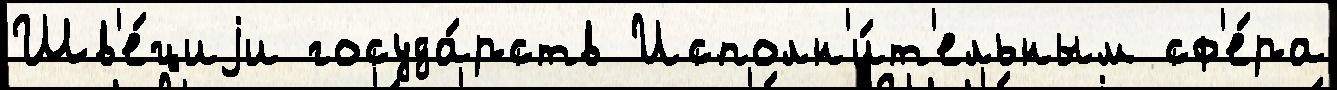
Шв'е́циjи госуда́рств Исполн'и́т'ельным сф'е́ра